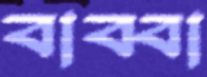
বাব্বা